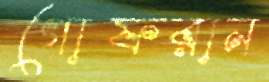
গোফরান